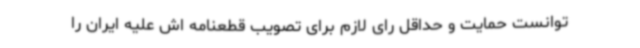
توانست حمایت و حداقل رای لازم برای تصویب قطعنامه اش علیه ایران را